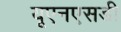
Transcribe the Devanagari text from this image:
यूएनएसडी